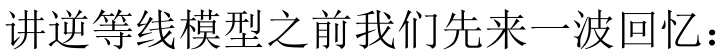
讲逆等线模型之前我们先来一波回忆：